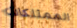
الممتلكات